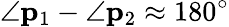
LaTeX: \angle{\mathbf p}_{1}-\angle{\mathbf p}_{2}\approx 180^{\circ}